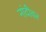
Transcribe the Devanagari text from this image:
नांदीवर